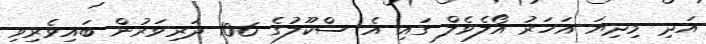
އަދި މިދިޔަ އަހަރު އޯލެވެލް ގައި އެ ސްކޫލުގެ 106 ދަރިވަރުން ބައިވެރިވި